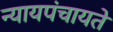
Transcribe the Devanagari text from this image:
न्यायपंचायते